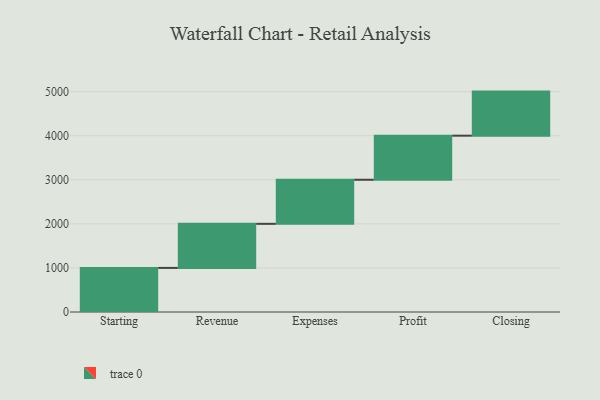
{"axis": {"x": "Step", "y": "Value"}, "legend": [""], "data": [{"x": "Starting", "y": 1000, "type": ""}, {"x": "Revenue", "y": 1000, "type": ""}, {"x": "Expenses", "y": 1000, "type": ""}, {"x": "Profit", "y": 1000, "type": ""}, {"x": "Closing", "y": 1000, "type": ""}]}